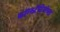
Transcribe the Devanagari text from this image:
कॉन्स्टॅंटिनोपल